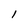
Character: l